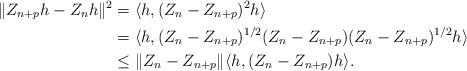
LaTeX: \begin{align*}\| Z_{n+p}h-Z_nh \|^2&= \langle h, (Z_n-Z_{n+p})^2h\rangle \\&= \langle h, (Z_n-Z_{n+p})^{1/2} (Z_n-Z_{n+p}) (Z_n-Z_{n+p})^{1/2} h\rangle \\&\le \| Z_n-Z_{n+p}\|\langle h, (Z_n-Z_{n+p}) h\rangle.\end{align*}